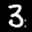
Label: 3